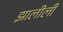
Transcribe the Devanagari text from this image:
झालीली